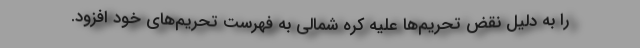
را به دلیل نقض تحریم‌ها علیه کره شمالی به فهرست تحریم‌های خود افزود.